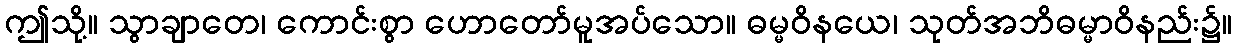
ဤသို့။ သွာချာတေ၊ ကောင်းစွာ ဟောတော်မူအပ်သော။ ဓမ္မဝိနယေ၊ သုတ်အဘိဓမ္မာဝိနည်း၌။